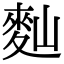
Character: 䴮